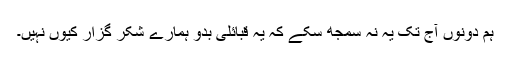
ہم دونوں آج تک یہ نہ سمجھ سکے کہ یہ قبائلی بدو ہمارے شکر گزار کیوں نہیں۔